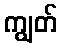
ကျွတ်